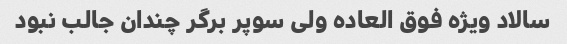
سالاد ویژه فوق العاده ولی سوپر برگر چندان جالب نبود